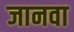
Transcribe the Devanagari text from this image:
जानवा